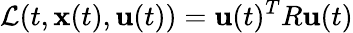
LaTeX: \mathcal{L}(t,\mathbf{x}(t),\mathbf{u}(t))=\mathbf{u}(t)^{T}R\mathbf{u}(t)